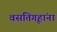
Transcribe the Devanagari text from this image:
वसतिगृहांना